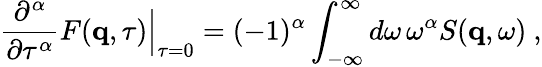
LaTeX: \frac{\partial^{\alpha}}{\partial\tau^{\alpha}}F(\mathbf{q},\tau)\Big|_{\tau=0}=(-1)^{\alpha}\int_{-\infty}^{\infty}d\omega\, \omega^{\alpha}S(\mathbf{q},\omega)\ ,